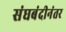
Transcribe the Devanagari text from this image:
संघबंदीनंतर